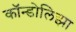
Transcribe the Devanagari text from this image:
कॉन्डोलिझा